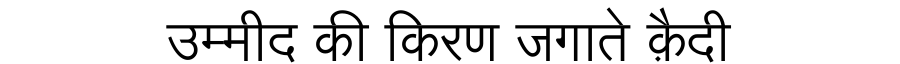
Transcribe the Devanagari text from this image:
उम्मीद की किरण जगाते क़ैदी